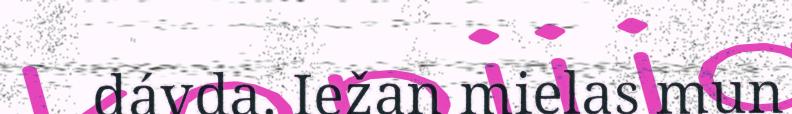
dávda. Iežan mielas mun